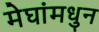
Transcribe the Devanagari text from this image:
मेघांमधुन